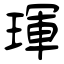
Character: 琿